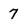
Character: 7